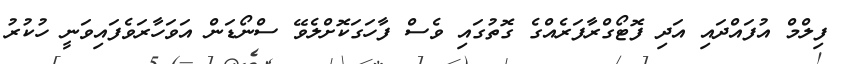
ފިލްމް އުފައްދައި އަދި ފޮޓޯގްރާފަރެއްގެ ގޮތުގައި ވެސް ފާހަގަކޮށްލެވޭ ސްނޯޑަން އަވަހާރަވެފައިވަނީ ހުކުރު